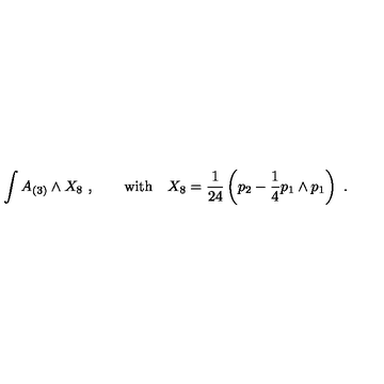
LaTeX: \int A _ { ( 3 ) } \wedge X _ { 8 } \ , \qquad \mathrm { w i t h } \quad X _ { 8 } = { \frac { 1 } { 2 4 } } \left( p _ { 2 } - { \frac { 1 } { 4 } } p _ { 1 } \wedge p _ { 1 } \right) \ .